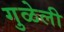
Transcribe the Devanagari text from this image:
गुळेली